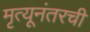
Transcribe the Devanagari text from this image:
मृत्यूनंतरची